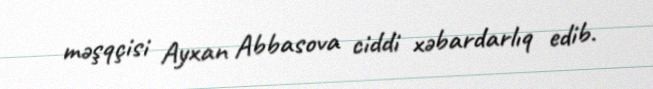
məşqçisi Ayxan Abbasova ciddi xəbardarlıq edib.